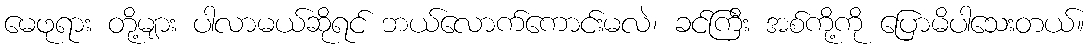
မေဖုရား တို့များ ပါလာမယ်ဆိုရင် ဘယ်လောက်ကောင်းမလဲ၊ ခင်ကြီး အစ်ကို့ကို ပြောမိပါသေးတယ်။